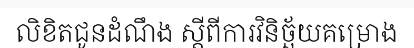
លិខិតជូនដំណឹង ស្តីពីការវិនិច្ឆ័យគម្រោង